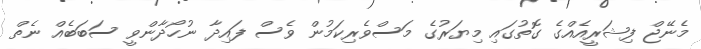
މެނޭޖް ފިޝަރީއެއްގެ ގޮތުގައި މިޔަރުގެ މަސްވެރިކަމުން ވެސް ފައިދާ ނުހޯދާންވީ ސަބަބެއް ނެތް